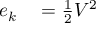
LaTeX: \begin{array} { r l } { e _ { k } } & { { } = { \frac { 1 } { 2 } } V ^ { 2 } } \end{array}